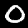
Label: 0